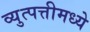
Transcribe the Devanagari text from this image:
व्युत्पत्तीमध्ये